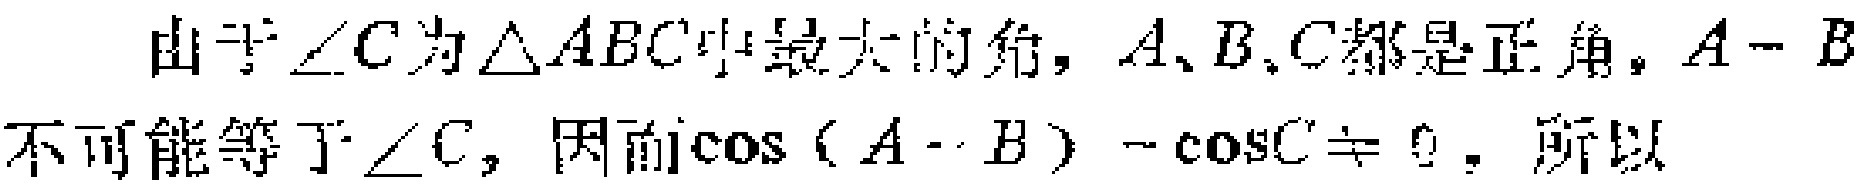
由于$\angle C$为$\triangle ABC$中最大的角，$A、B、C$都是正角，$A - B$不可能等于$\angle C$，因而$\cos(A - B)-\cos C\neq 0$，所以